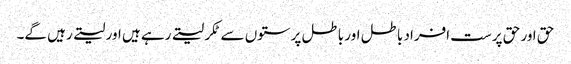
حق اور حق پرست افراد باطل اور باطل پرستوں سے ٹکر لیتے رہے ہیں اور لیتے رہیں گے۔